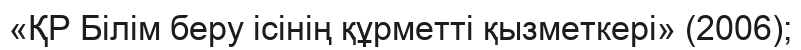
«ҚР Білім беру ісінің құрметті қызметкері» (2006);